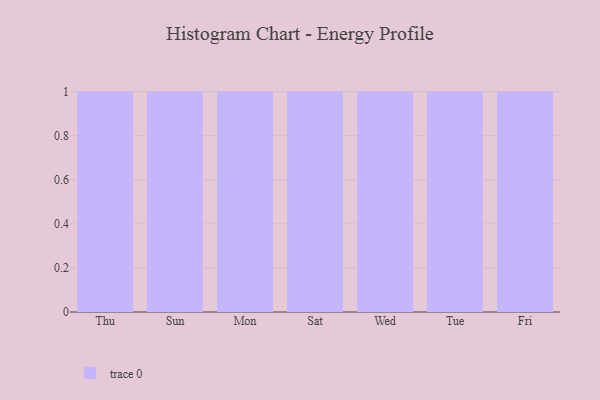
{"axis": {"x": "Day", "y": "Production Output"}, "legend": [""], "data": [{"x": "Thu", "y": 36, "type": ""}, {"x": "Sun", "y": 15, "type": ""}, {"x": "Mon", "y": 31, "type": ""}, {"x": "Sat", "y": 10, "type": ""}, {"x": "Wed", "y": 74, "type": ""}, {"x": "Tue", "y": 74, "type": ""}, {"x": "Fri", "y": 75, "type": ""}]}